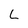
Character: L